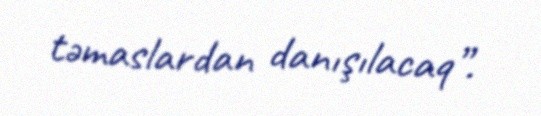
təmaslardan danışılacaq”.